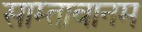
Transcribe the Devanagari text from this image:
साम्तावानम